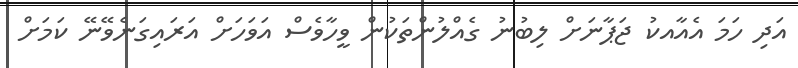
އަދި ހަމަ އެއާއކު ޖަޕާނަށް ލިބުނު ގެއްލުންތަކުން ވީހާވެސް އަވަހަށް އަރައިގަނެވޭނޭ ކަމަށް